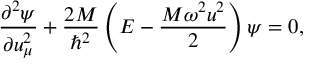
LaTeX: \frac { { \partial } ^ { 2 } \psi } { \partial u _ { \mu } ^ { 2 } } + \frac { 2 M } { \hbar ^ { 2 } } \left( E - \frac { M \omega ^ { 2 } u ^ { 2 } } { 2 } \right) \psi = 0 ,